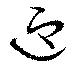
迎